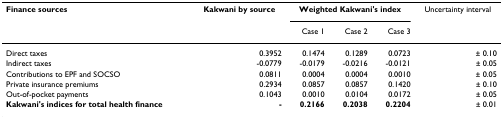
<table><thead><tr><td><b>Finance sources</b></td><td><b>Kakwani by source</b></td><td colspan="3"><b>Weighted Kakwani&#x27;s index</b></td><td><b>Uncertainty interval</b></td></tr><tr><td></td><td></td><td><b>Case 1</b></td><td><b>Case 2</b></td><td><b>Case 3</b></td><td></td></tr></thead><tbody><tr><td>Direct taxes</td><td>0.3952</td><td>0.1474</td><td>0.1289</td><td>0.0723</td><td>± 0.10</td></tr><tr><td>Indirect taxes</td><td>-0.0779</td><td>-0.0179</td><td>-0.0216</td><td>-0.0121</td><td>± 0.05</td></tr><tr><td>Contributions to EPF and SOCSO</td><td>0.0811</td><td>0.0004</td><td>0.0004</td><td>0.0010</td><td>± 0.05</td></tr><tr><td>Private insurance premiums</td><td>0.2934</td><td>0.0857</td><td>0.0857</td><td>0.1420</td><td>± 0.10</td></tr><tr><td>Out-of-pocket payments</td><td>0.1043</td><td>0.0010</td><td>0.0104</td><td>0.0172</td><td>± 0.05</td></tr><tr><td><b>Kakwani&#x27;s indices for total health finance</b></td><td><b>-</b></td><td><b>0.2166</b></td><td><b>0.2038</b></td><td><b>0.2204</b></td><td>± 0.01</td></tr></tbody></table>